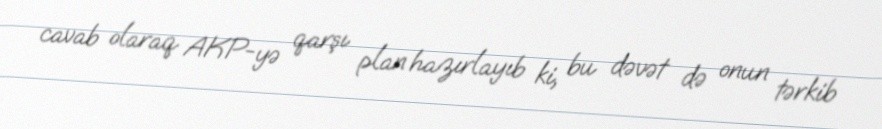
cavab olaraq AKP-yə qarşı plan hazırlayıb ki, bu dəvət də onun tərkib